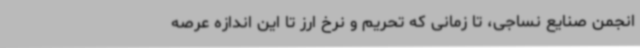
انجمن صنایع نساجی، تا زمانی که تحریم و نرخ ارز تا این اندازه عرصه